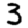
Digit: 3